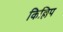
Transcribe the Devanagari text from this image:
किल्लिप